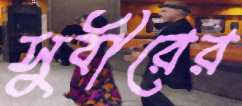
সুবীরের